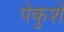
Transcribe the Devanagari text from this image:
पेकुशे